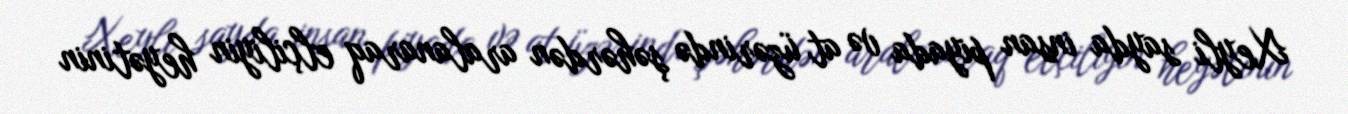
Xeyli sayda insan piyada və at üzərində şəhərdən aralanaraq elçiliyin heyətinin